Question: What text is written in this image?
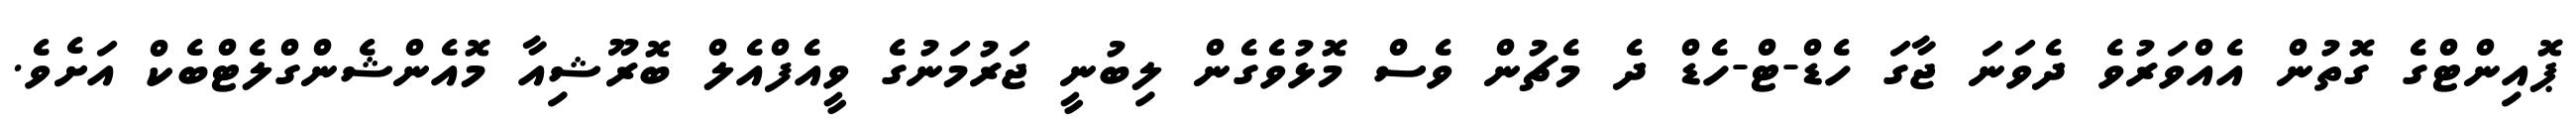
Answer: ޕޮއިންޓްގެ ގޮތުން އެއްވަރުވެ ދެވަނަ ޖާގަ ހެޑް-ޓް-ހެޑް ދެ މެޗުން ވެސް މޮޅުވެގެން ލިބުނީ ޖަރުމަނުގެ ވީއެފްއެލް ބޮރޫޝިއާ މޮއެންޝެންގްލެޓްބެކް އަށެވެ.